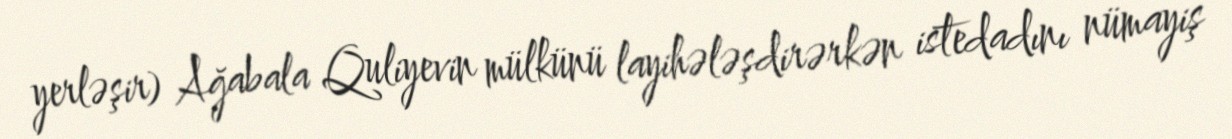
yerləşir) Ağabala Quliyevin mülkünü layihələşdirərkən istedadını nümayiş